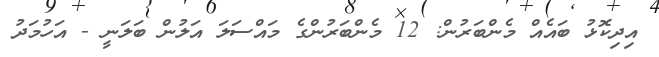
އިދިކޮޅު ބައެއް މެންބަރުން: 12 މެންބަރުންގެ މައްސަލަ އަލުން ބަލަނީ - އަހުމަދު